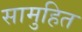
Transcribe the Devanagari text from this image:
सामुहित